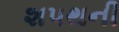
શપથની